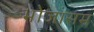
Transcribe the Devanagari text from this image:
भोजासम